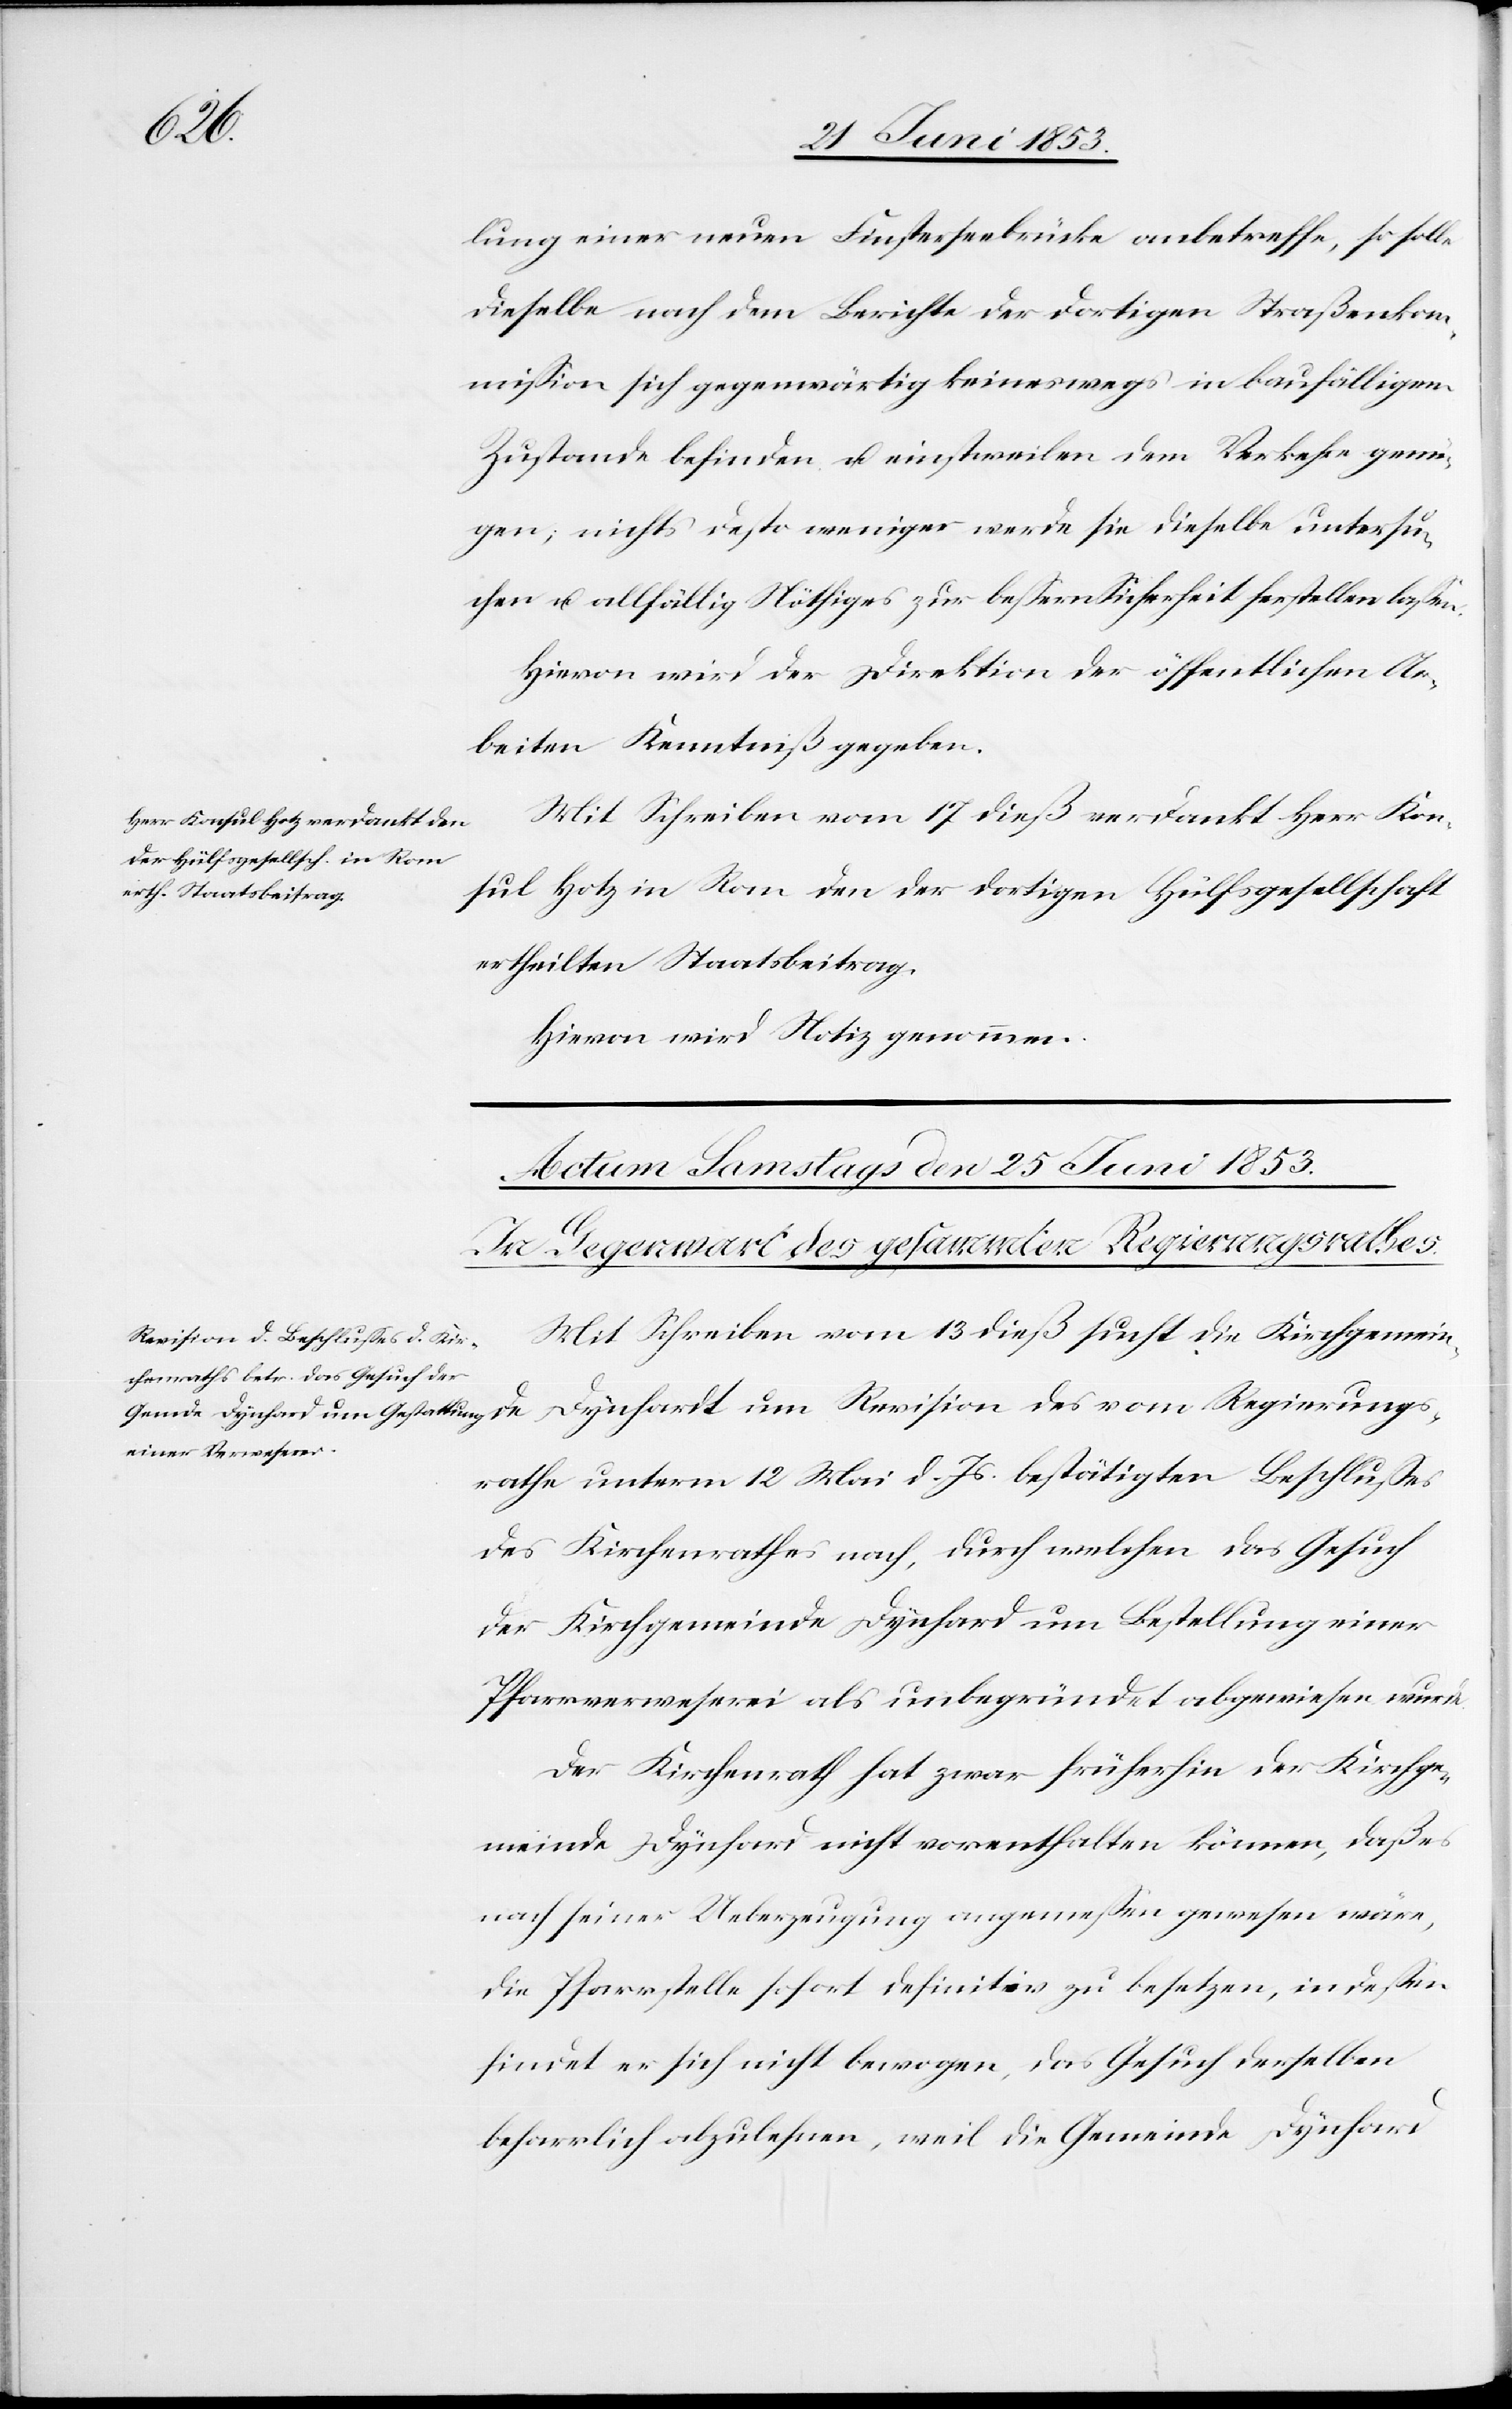
24 Juni 1853.]
lung einer neuen Finsterbrücke anbetreffe, so solle
dieselbe nach dem Berichte der dortigen Straßenkom¬
mißion sich gegenwärtig keineswegs in baufälligem
Zustande befinden u. einstweilen dem Verkehr genü¬
gen; nichts desto weniger werde sie dieselbe untersu¬
chen u. allfällig Nöthiges zur beßern Sicherheit herstellen laßen.
Hievon wird der Direktion der öffentlichen Ar¬
beiten Kenntniß gegeben.
Mit Schreiben vom 17 dieß verdankt Herr Kon¬
sul Hotz in Rom den der dortigen Hülfsgesellschaft
ertheilten Staatsbeitrag.
Hievon wird Notiz genommen.
Mit Schreiben vom 13 dieß sucht die Kirchgemeinde
Dynhardt um Revision des vom Regierungs¬
rathe unterm 12 Mai d. Js. bestätigten Beschlußes
des Kirchenrathes nach, durch welchen das Gesuch
der Kirchgemeinde Dynhard um Bestellung einer
Pfaffverweserei als unbegründet abgewiesen wurde.
Der Kirchenrath hat zwar früherhin der Kirchge¬
meinde Dynhard nicht vorenthalten können, daß es
nach seiner Ueberzeugung angemeßen gewesen wäre,
die Pfarrstelle sofort definitiv zu besetzen, in deßen
findet er sich nicht bewogen, das Gesuch derselben
beharrlich abzulehnen, weil die Gemeinde Dynhard